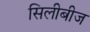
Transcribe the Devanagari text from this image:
सिलीबीज